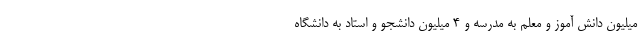
میلیون دانش آموز و معلم به مدرسه و 4 میلیون دانشجو و استاد به دانشگاه